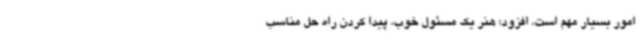
امور بسیار مهم است، افزود: هنر یک مسئول خوب، پیدا کردن راه حل مناسب